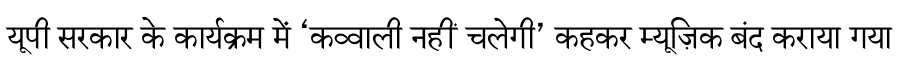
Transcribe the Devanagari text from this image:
यूपी सरकार के कार्यक्रम में ‘कव्वाली नहीं चलेगी’ कहकर म्यूज़िक बंद कराया गया